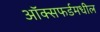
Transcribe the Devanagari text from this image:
ऑक्सफर्डमधील